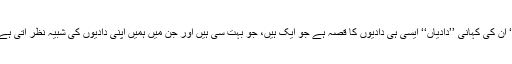
‘‘ ان کی کہانی ’’دادیاں‘‘ ایسی ہی دادیوں کا قصہ ہے جو ایک ہیں، جو بہت سی ہیں اور جن میں ہمیں اپنی دادیوں کی شبیہ نظر آتی ہے۔